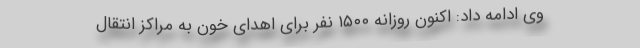
وی ادامه داد: اکنون روزانه ۱۵۰۰ نفر برای اهدای خون به مراکز انتقال